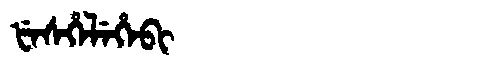
Manchu: ᡶᡝᠰᡥᡝᠯᡝᡥᡝᠪᡳ
Romanization: FESHELEHEBI